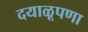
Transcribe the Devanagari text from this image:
दयाळूपणा